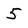
Character: 5